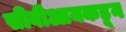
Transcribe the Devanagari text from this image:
सीबीआयकडून